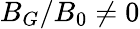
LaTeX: B_{G}/B_{0}\ne 0